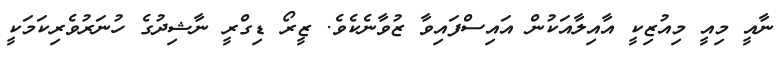
ނާއީ މިއީ މިއުޒިކީ އާއިލާއަކުން އައިސްފައިވާ ޒުވާނެކެވެ. ޒީރޯ ޑިގްރީ ނާޝިދުގެ ހުނަރުވެރިކަމަކީ